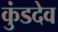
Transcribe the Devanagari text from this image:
कुंडदेव